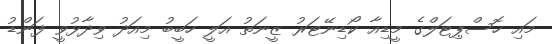
މައި ހޮސްޕިޓަލްގެ މީޑިއާ ކޯޑިނޭޓަރު ޒީނަތު އަލީ ހަބީބު މިއަދު ވިދާޅުވީ ފަންޑު